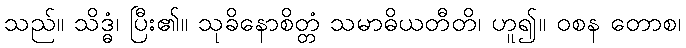
သည်။ သိဒ္ဓံ၊ ပြီး၏။ သုခိနောစိတ္တံ သမာဓိယတီတိ၊ ဟူ၍။ ဝစန တောစ၊